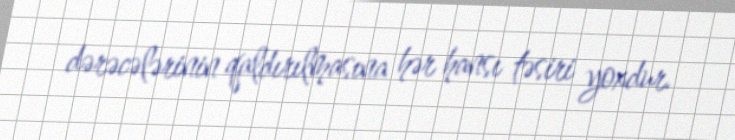
dərəcələrinin qaldırılmasına hər hansı təsiri yoxdur.